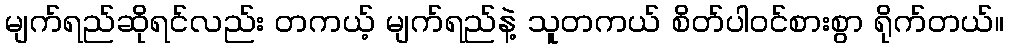
မျက်ရည်ဆိုရင်လည်း တကယ့် မျက်ရည်နဲ့ သူတကယ် စိတ်ပါဝင်စားစွာ ရိုက်တယ်။